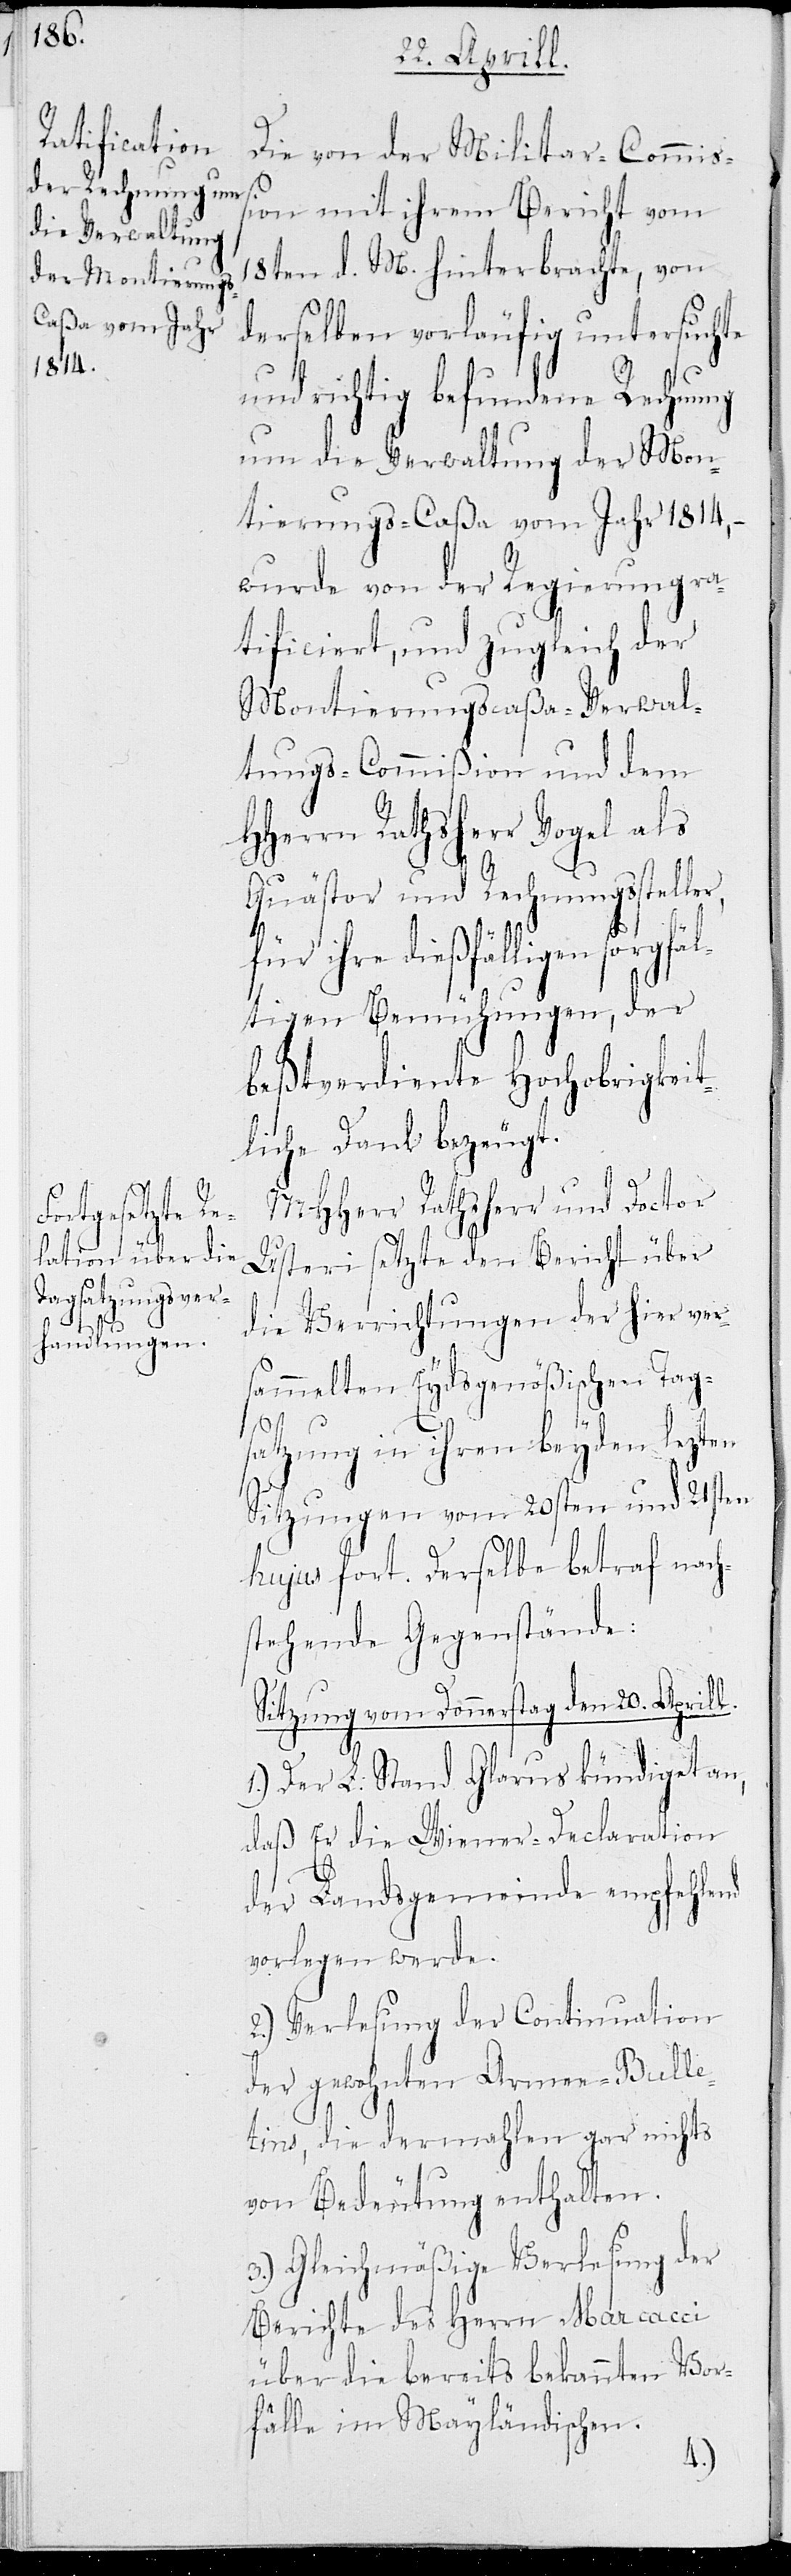
Die von der Militär-Commiß¬
ion mit ihrem Bericht vom
18. d. M. hinterbrachte, von
derselben vorläufig untersuchte
und richtig befundene Rechnung
um die Verwaltung der Mon¬
tierungs-Caßa vom Jahr 1814, –
wurde von der Regierung ra¬
tificiert, und zugleich der
Montierungscaßa-Verwal¬
tungs-Commißion und dem
Herrn Rathsherr Vogel als
Quästor und Rechnungssteller,
für ihre dießfälligen sorgf¬
ältigen Bemühungen, der
beßtverdiente Hochobrigkeit¬
liche Dank bezeugt.
MHerr Rathsherr und Doctor
Usteri setzte den Bericht über
die Verrichtungen der hier ver¬
sammelten Eydsgenößischen Tag¬
satzung in ihren beyden lezten
Sitzungen vom 20sten und 21sten
hujus fort. Derselbe betraff nach¬
stehende Gegenstände:
Sitzung vom Donnerstag den 20. Aprill.
1.) Der L. Stand Glarus kündiget an,
daß Er die Wiener-Declaration
der Landsgemeinde empfehlend
vorlegen werde.
2.) Verlesung der Continuation
der gewohnten Armee-Bulle¬
tins, die dermahlen gar nichts
von Bedeutung enthalten.
3.) Gleichmäßige Verlesung der
Berichte des Herrn Marcacci
über die bereits bekannten Vor¬
fälle im Mayländischen.